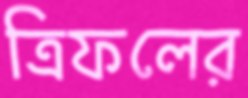
ত্রিফলের